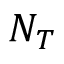
{ \cal N } _ { T }